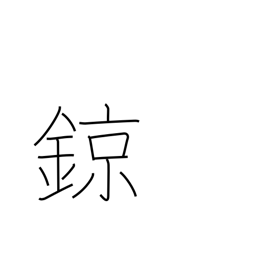
Meaning: kind of percussion instrument